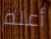
أعلم